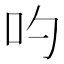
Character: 𠮭